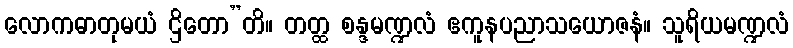
လောကဓာတုမယံ ဌိတော”တိ။ တတ္ထ စန္ဒမဏ္ဍလံ ဧကူနပညာသယောဇနံ။ သူရိယမဏ္ဍလံ